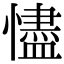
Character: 𢣺